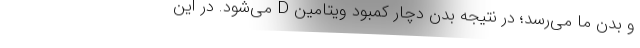
و بدن ما می‌رسد؛ در نتیجه بدن دچار کمبود ویتامین D می‌شود. در این